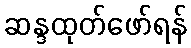
ဆန္ဒထုတ်ဖော်ရန်